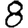
Digit: 8